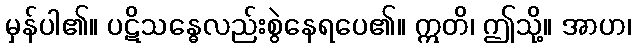
မှန်ပါ၏။ ပဋိသန္ဓေလည်းစွဲနေရပေ၏။ ဣတိ၊ ဤသို့။ အာဟ၊